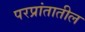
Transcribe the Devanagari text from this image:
परप्रांतातील